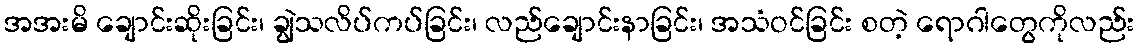
အအးမိ ချောင်းဆိုးခြင်း၊ ချွဲသလိပ်ကပ်ခြင်း၊ လည်ချောင်းနာခြင်း၊ အသံဝင်ခြင်း စတဲ့ ရောဂါတွေကိုလည်း